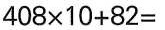
$$4 0 8\times1 0+8 2$$=